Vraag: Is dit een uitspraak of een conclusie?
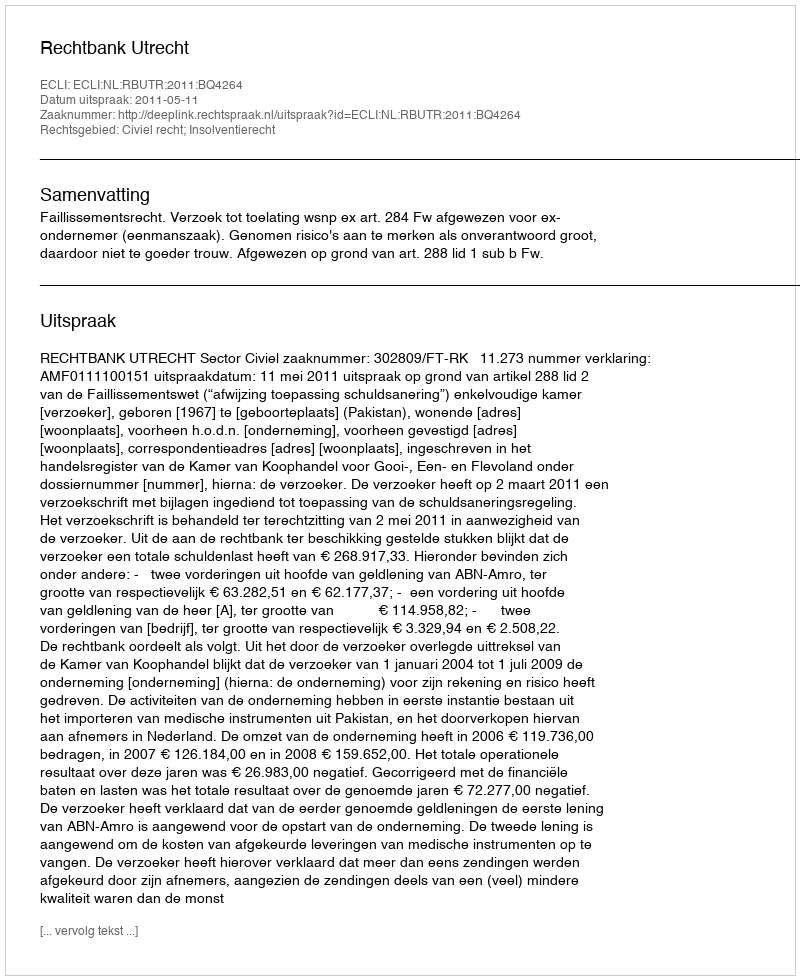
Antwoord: Uitspraak